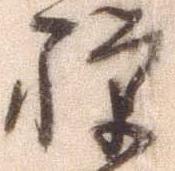
禅